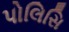
પોલિસિ